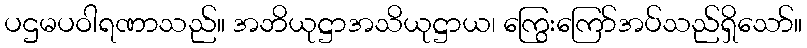
ပဌမပဝါရဏာသည်။ အဘိယုဋ္ဌာအသိယုဋ္ဌာယ၊ ကြွေးကြော်အပ်သည်ရှိသော်။